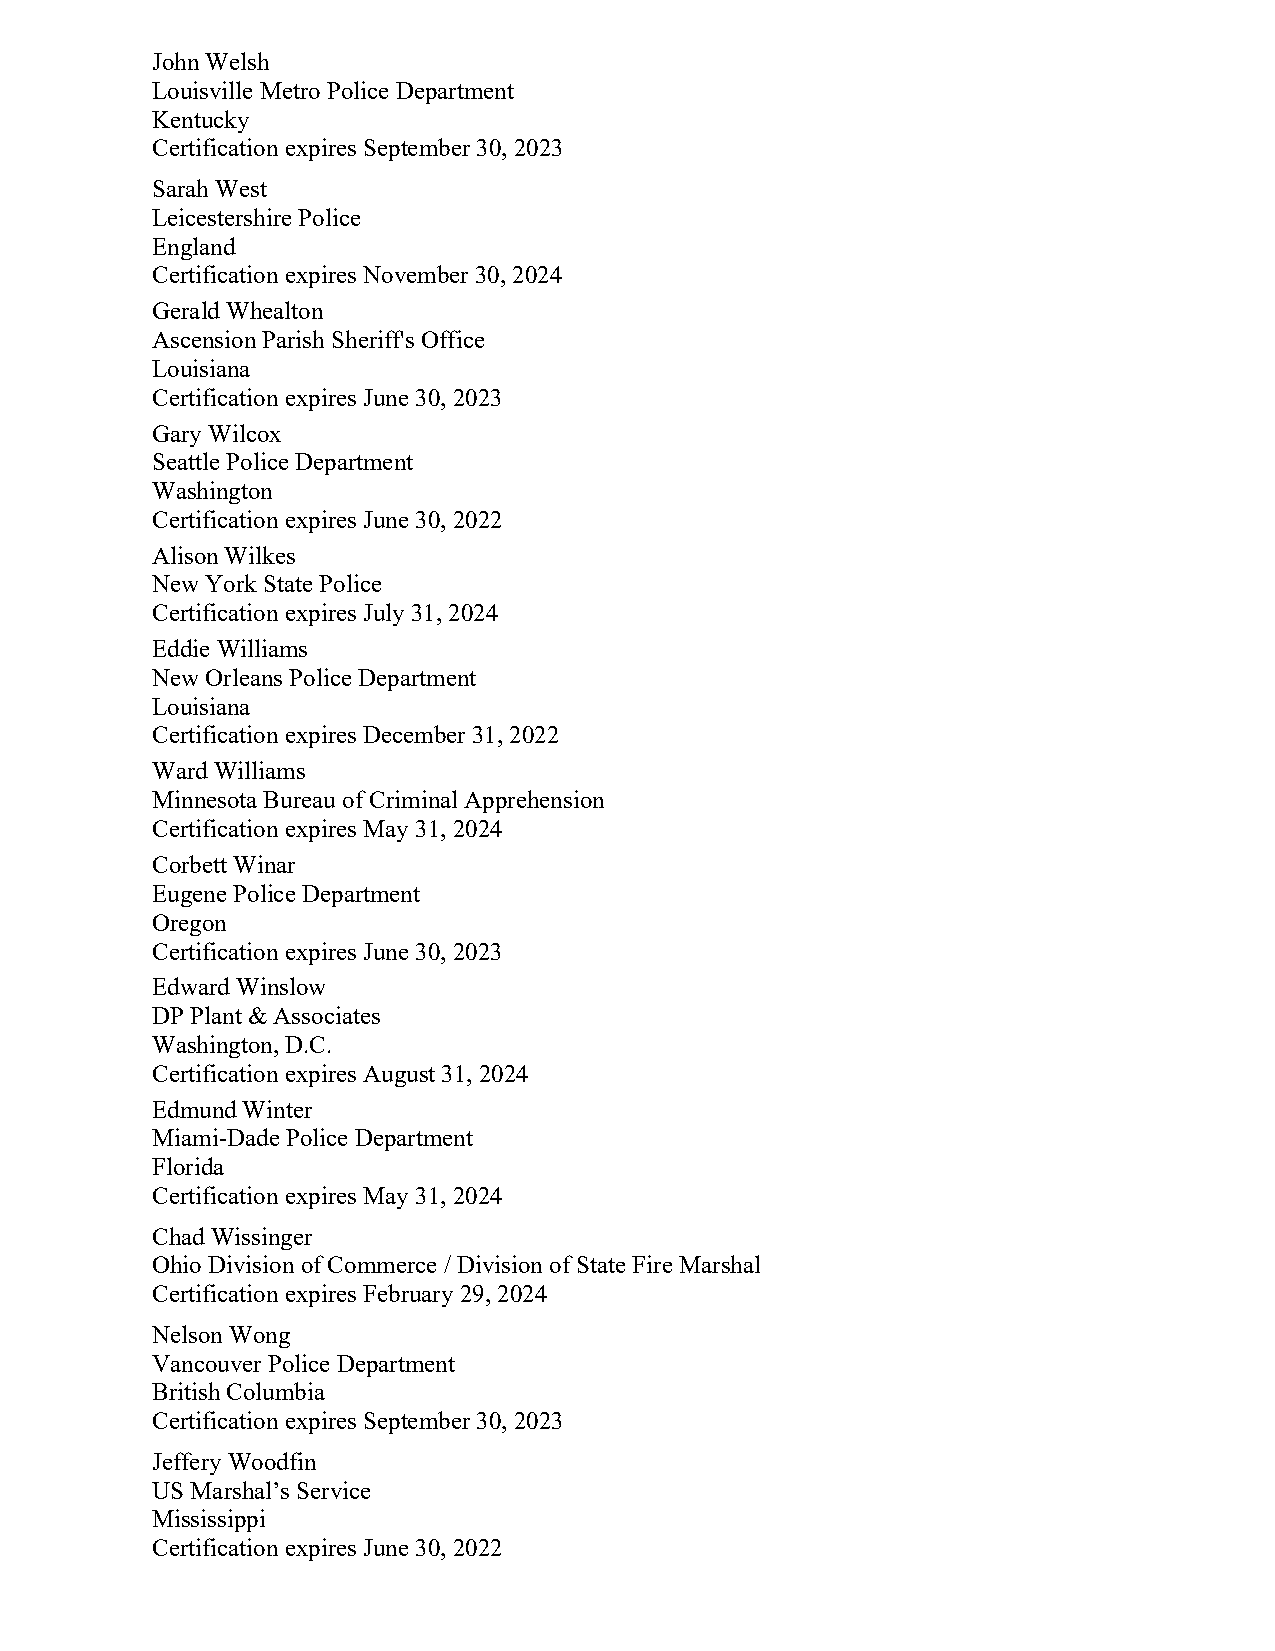
John Welsh
 Louisville Metro Police Department
 Kentucky
 Certification expires September 30, 2023
 Sarah West
 Leicestershire Police
 England
 Certification expires November 30, 2024
 Gerald Whealton
 Ascension Parish Sheriff's Office
 Louisiana
 Certification expires June 30, 2023
 Gary Wilcox
 Seattle Police Department
 Washington
 Certification expires June 30, 2022
 Alison Wilkes
 New York State Police
 Certification expires July 31, 2024
 Eddie Williams
 New Orleans Police Department
 Louisiana
 Certification expires December 31, 2022
 Ward Williams
 Minnesota Bureau of Criminal Apprehension
 Certification expires May 31, 2024
 Corbett Winar
 Eugene Police Department
 Oregon
 Certification expires June 30, 2023
 Edward Winslow
 DP Plant & Associates
 Washington, D.C.
 Certification expires August 31, 2024
 Edmund Winter
 Miami-Dade Police Department
 Florida
 Certification expires May 31, 2024
 Chad Wissinger
 Ohio Division of Commerce / Division of State Fire Marshal
 Certification expires February 29, 2024
 Nelson Wong
 Vancouver Police Department
 British Columbia
 Certification expires September 30, 2023
 Jeffery Woodfin
 US Marshal’s Service
 Mississippi
 Certification expires June 30, 2022